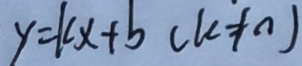
y = k x + b ( k \neq 0 )